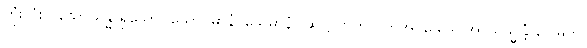
တုံးလုံးလဲသော ခန္ဓာရှိသော။ သောပ္ပမာနံ၊ သေမာနံ (ဆဋ္ဌ) ပက်လက်အိပ်သော။ အာယသ္မန္တံ ဂေါဓိက၊